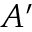
A ^ { \prime }